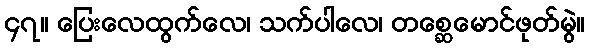
၄၇။ ပြေးလေထွက်လေ၊ သက်ပါလေ၊ တစ္ဆေမောင်ဖုတ်မွဲ။